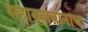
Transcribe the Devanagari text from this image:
महाबलवानांचा